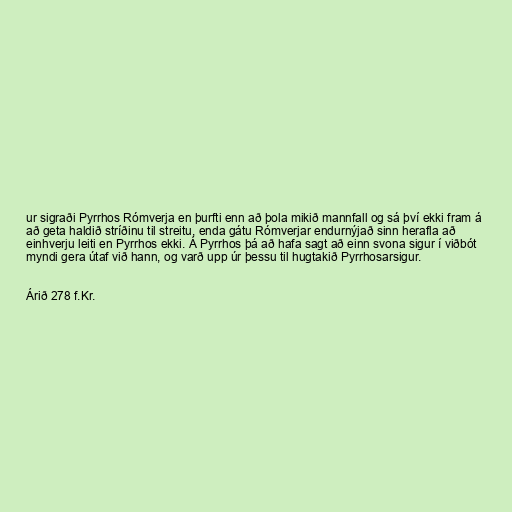
ur sigraði Pyrrhos Rómverja en þurfti enn að þola mikið mannfall og sá því ekki fram á
að geta haldið stríðinu til streitu, enda gátu Rómverjar endurnýjað sinn herafla að
einhverju leiti en Pyrrhos ekki. Á Pyrrhos þá að hafa sagt að einn svona sigur í viðbót
myndi gera útaf við hann, og varð upp úr þessu til hugtakið Pyrrhosarsigur.

Árið 278 f.Kr.